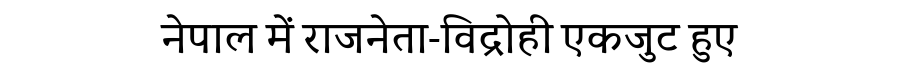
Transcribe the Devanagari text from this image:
नेपाल में राजनेता-विद्रोही एकजुट हुए